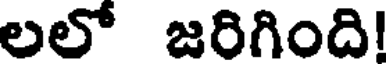
లలో జరిగింది!